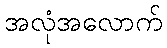
အလုံအလောက်